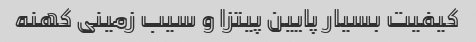
کیفیت بسیار پایین پیتزا و سیب زمینی کهنه